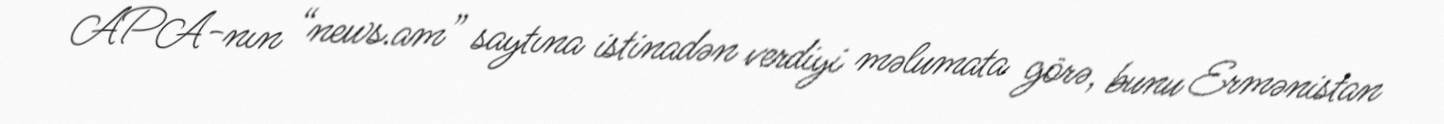
APA-nın “news.am” saytına istinadən verdiyi məlumata görə, bunu Ermənistan